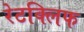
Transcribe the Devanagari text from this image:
रेटक्लिफ